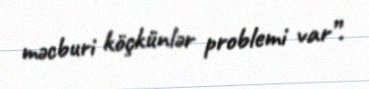
məcburi köçkünlər problemi var”.